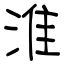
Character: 淮